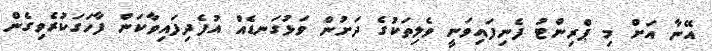
އޭނާ އަށް މި ޕްރިންޓު ފެނިފައިވަނީ ވެލިތަކުގެ ދަށުން ވަޅުގަނޑެއް އުފެދިފައިވާކަން ފާހަގަކުރެވިގެން